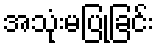
အသုံးမပြုခြင်း